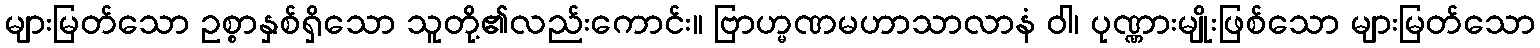
များမြတ်သော ဥစ္စာနှစ်ရှိသော သူတို့၏လည်းကောင်း။ ဗြာဟ္မဏမဟာသာလာနံ ဝါ၊ ပုဏ္ဏားမျိုးဖြစ်သော များမြတ်သော